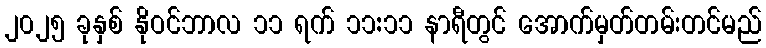
၂၀၂၅ ခုနှစ် နိုဝင်ဘာလ ၁၁ ရက် ၁၁:၁၁ နာရီတွင် အောက်မှတ်တမ်းတင်မည်